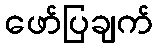
ဖော်ပြချက်